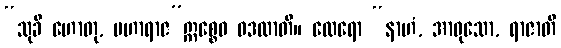
“သုခီ ဟောတု, မဟာရာဇ”ဣစ္စေဝ ဝဒထာတိ။ ထေရော “နာဟံ, အာဝုသော, ရာဇာတိ